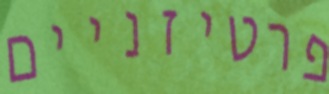
פרטיזניים